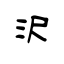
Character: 沢